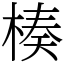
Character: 楱